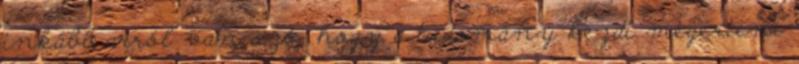
inkább arról van szó, hogy a tudomány kezdi megérteni